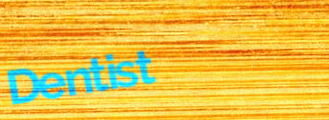
Dentist